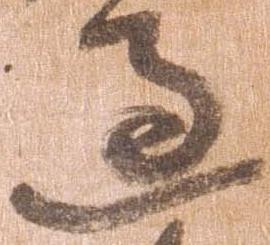
過